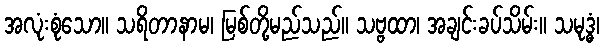
အလုံးစုံသော။ သရိတာနာမ၊ မြစ်တို့မည်သည်။ သဗ္ဗထာ၊ အချင်းခပ်သိမ်း။ သမုဒ္ဓံ၊